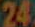
24